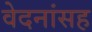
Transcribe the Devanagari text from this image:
वेदनांसह